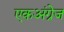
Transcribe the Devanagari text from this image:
एकअंग्रेज